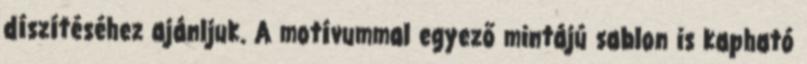
díszítéséhez ajánljuk. A motívummal egyező mintájú sablon is kapható